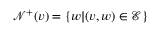
\mathcal { N } ^ { + } ( v ) = \{ w | ( v , w ) \in \mathcal { E } \}